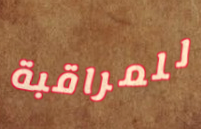
للمراقبة